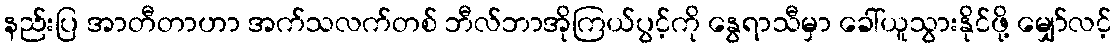
နည်းပြ အာတီတာဟာ အက်သလက်တစ် ဘီလ်ဘာအိုကြယ်ပွင့်ကို နွေရာသီမှာ ခေါ်ယူသွားနိုင်ဖို့ မျှော်လင့်